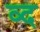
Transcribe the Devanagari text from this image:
व्द